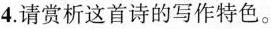
4.请赏析这首诗的写作特色。